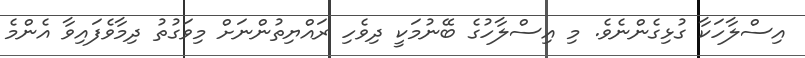
އިސްލާހަކާ ގުޅިގެންނެވެ. މި އިސްލާހުގެ ބޭނުމަކީ ދިވެހި ރައްޔިތުންނަށް މިވަގުތު ދިމާވެފައިވާ އެންމެ